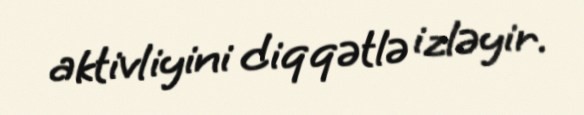
aktivliyini diqqətlə izləyir.